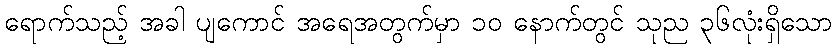
ရောက်သည့် အခါ ပျကောင် အရေအတွက်မှာ ၁၀ နောက်တွင် သုည ၃၆လုံးရှိသော